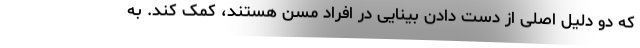
که دو دلیل اصلی از دست دادن بینایی در افراد مسن هستند، کمک کند. به